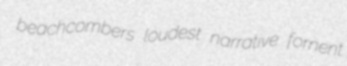
beachcombers loudest narrative fornent